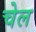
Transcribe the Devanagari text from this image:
चेल